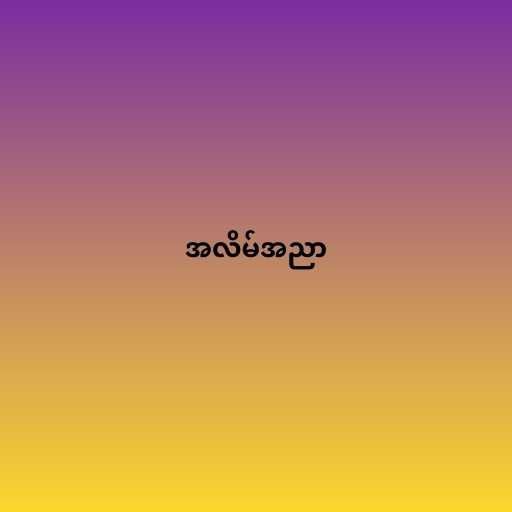
အလိမ်အညာ